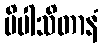
ပိပါသိတာနံ